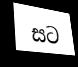
සට